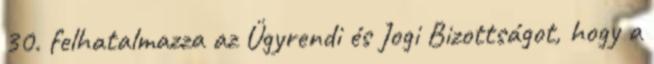
30. felhatalmazza az Ügyrendi és Jogi Bizottságot, hogy a